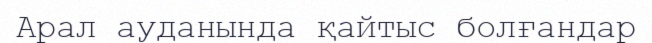
Арал ауданында қайтыс болғандар